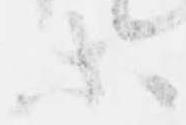
等